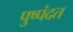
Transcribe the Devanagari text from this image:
पुष्पंदत